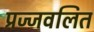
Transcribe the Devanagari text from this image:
प्रज्‍जवलित